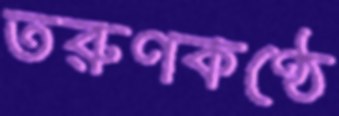
তরুণকণ্ঠে